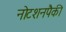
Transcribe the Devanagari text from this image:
नोटशनपैकी